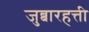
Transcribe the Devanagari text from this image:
जुब्बारहत्ती